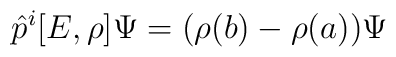
\hat{p}^i[E,\rho]\Psi=(\rho(b)-\rho(a))\Psi